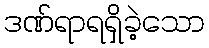
ဒဏ်ရာရရှိခဲ့သော